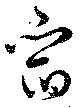
宿